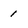
Character: 1